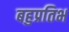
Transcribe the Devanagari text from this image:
बहुप्रतिभ